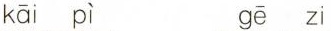
kāi pì gē zi